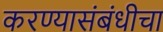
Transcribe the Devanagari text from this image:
करण्यासंबंधीचा